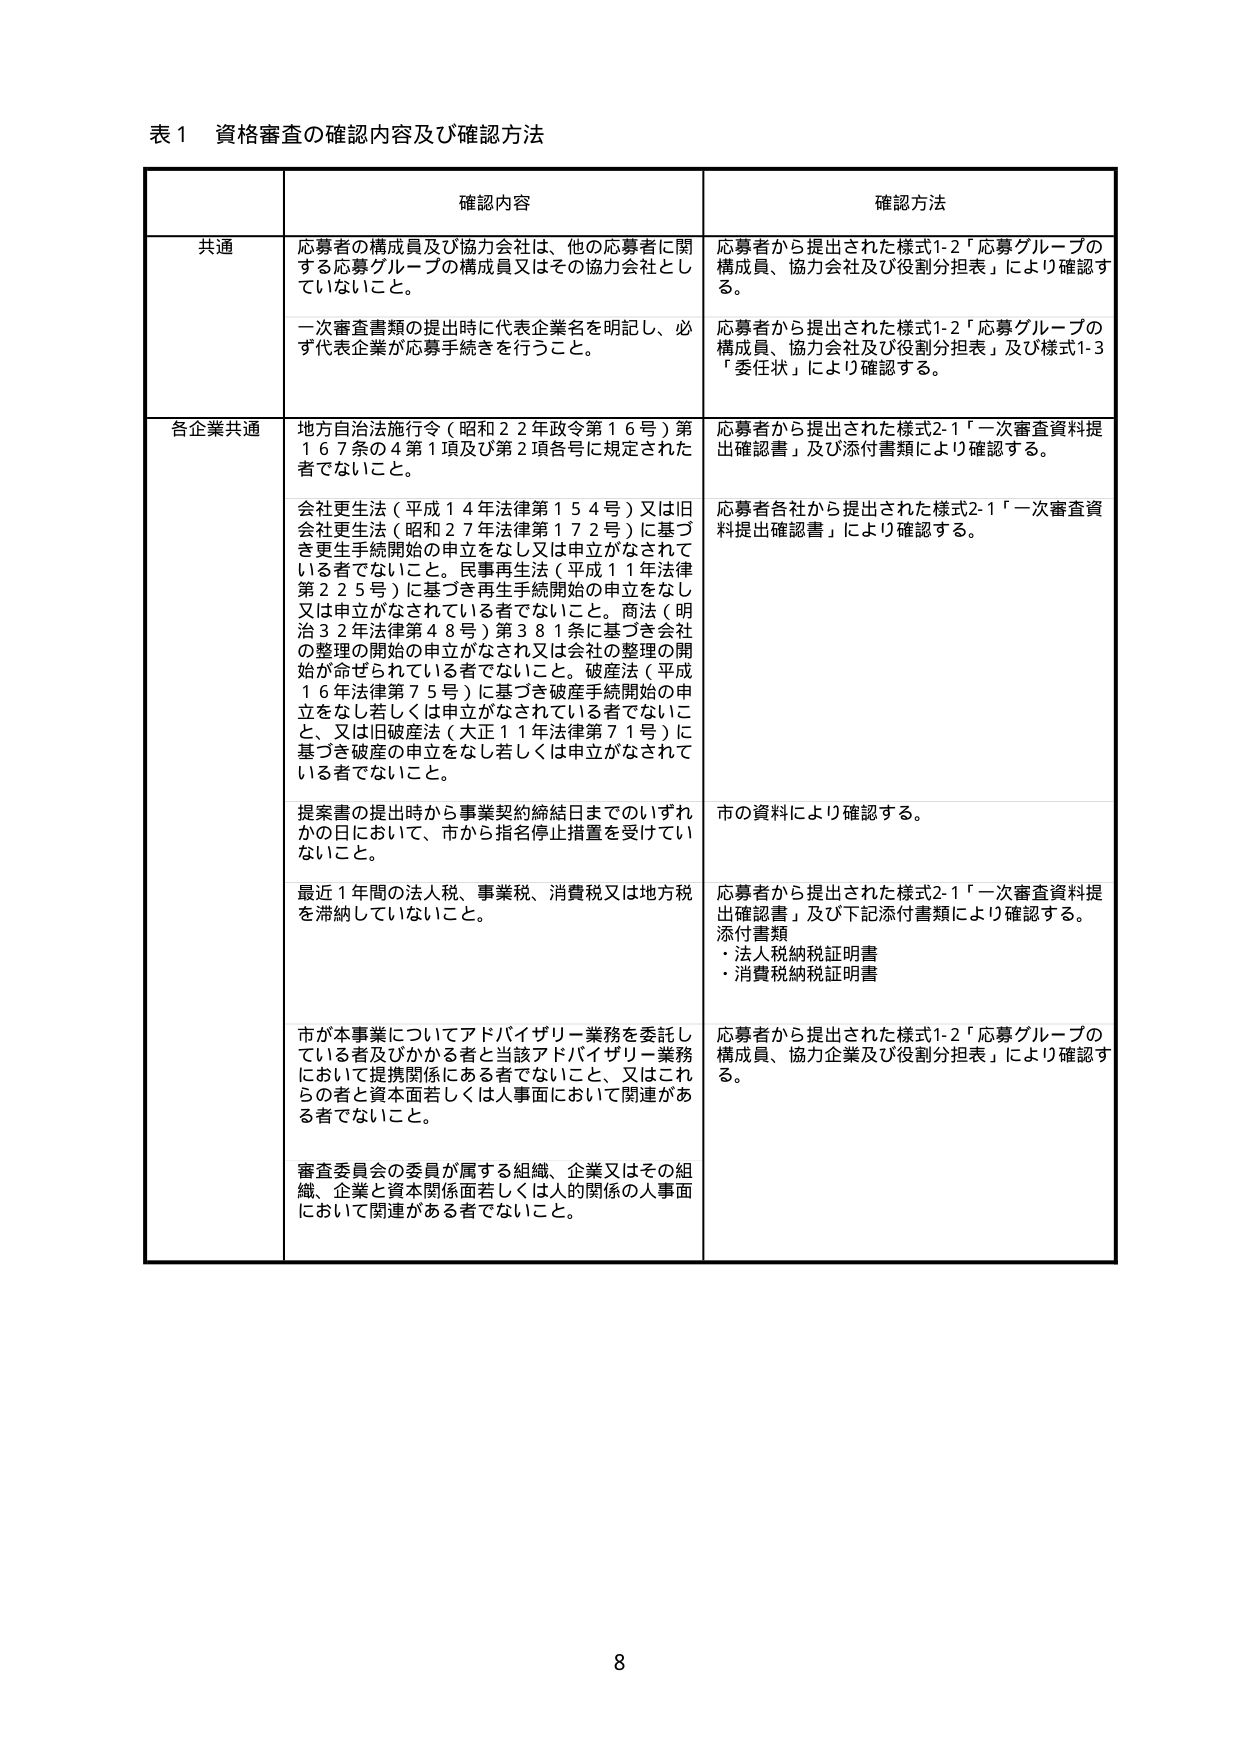
表１ 資格審査の確認内容及び確認方法

確認内容 確認方法

共通 応募者の構成員及び協力会社は、他の応募者に関する応募グループの構成員又はその協力会社としていないこと。 応募者から提出された様式1-2「応募グループの構成員、協力会社及び役割分担表」により確認する。

一次審査書類の提出時に代表企業名を明記し、必ず代表企業が応募手続きを行うこと。 応募者から提出された様式1-2「応募グループの構成員、協力会社及び役割分担表」及び様式1-3「委任状」により確認する。

各企業共通 地方自治法施行令（昭和22年政令第16号）第167条の4第1項及び第2項各号に規定された者でないこと。 応募者から提出された様式2-1「一次審査資料提出確認書」及び添付書類により確認する。

会社更生法（平成14年法律第154号）又は旧会社更生法（昭和27年法律第172号）に基づき更生手続開始の申立がなし又は申立がなされていない者でないこと。民事再生法（平成11年法律第225号）に基づき再生手続開始の申立をなし又は申立がなされている者でないこと。商法（明治32年法律第48号）第381条に基づき会社の整理の開始の申立がなされ又は会社の整理の開始が命ぜられている者でないこと。破産法（平成16年法律第75号）に基づき破産手続開始の申立をなし若しくは申立がなされている者でないこと、又は旧破産法（大正11年法律第71号）に基づき破産の申立をなし若しくは申立がなされている者でないこと。 応募者各社から提出された様式2-1「一次審査資料提出確認書」により確認する。

提案書の提出時から事業契約締結日までのいずれかの日において、市から指名停止措置を受けていないこと。 市の資料により確認する。

最近1年間の法人税、事業税、消費税又は地方税を滞納していないこと。 応募者から提出された様式2-1「一次審査資料提出確認書」及び下記添付書類により確認する。 添付書類 ・法人税納税証明書 ・消費税納税証明書

市が本事業についてアドバイザリー業務を委託している者及びかかる者と当該アドバイザリー業務において提携関係にある者でないこと、又はこれらの者と資本面若しくは人事面において関連がある者でないこと。 応募者から提出された様式1-2「応募グループの構成員、協力企業及び役割分担表」により確認する。

審査委員会の委員が属する組織、企業又はその組織、企業と資本関係面若しくは人的関係の人事面において関連がある者でないこと。

8